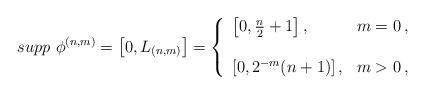
LaTeX: \begin{align*} supp \ \phi^{(n,m)}=\bigl [ 0, L_{(n,m)}\bigr]= \left \{ \begin{array}{ll}\left [0,\frac n 2 +1 \right], & m=0\,, \\ \\\left [0, 2^{-m}(n+1) \right], & m>0\,, \end{array} \right.\end{align*}